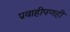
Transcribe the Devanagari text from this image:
प्रवाहीपणही